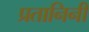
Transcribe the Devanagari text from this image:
प्रतानिनी